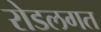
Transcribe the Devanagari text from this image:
रोडलगत